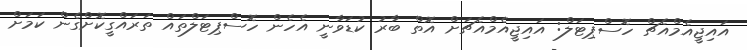
އައިޖީއެމްއެޗް ހޮސްޕިޓަލް: އައިޖީއެމްއެޗަށް އޮތް ބާރު ކުޑަވާނީ އެހެން ހޮސްޕިޓަލްތައް ތަރައްގީކޮށްގެން ކަމަށް